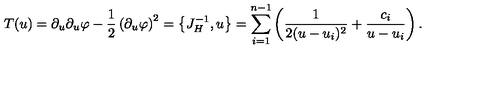
T ( u ) = \partial _ { u } \partial _ { u } \varphi - { \frac { 1 } { 2 } } \left( \partial _ { u } \varphi \right) ^ { 2 } = \left\{ J _ { H } ^ { - 1 } , u \right\} = \sum _ { i = 1 } ^ { n - 1 } \left( { \frac { 1 } { 2 ( u - u _ { i } ) ^ { 2 } } } + { \frac { c _ { i } } { u - u _ { i } } } \right) .